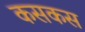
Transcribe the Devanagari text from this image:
कसकस